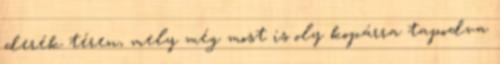
derék téren, mely még most is oly kopárra tapodva